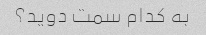
به کدام سمت دوید؟